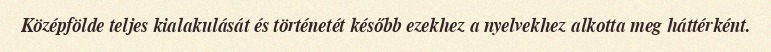
Középfölde teljes kialakulását és történetét később ezekhez a nyelvekhez alkotta meg háttérként.